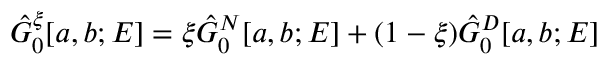
\hat { G } _ { 0 } ^ { \xi } [ a , b ; E ] = \xi \hat { G } _ { 0 } ^ { N } [ a , b ; E ] + ( 1 - \xi ) \hat { G } _ { 0 } ^ { D } [ a , b ; E ]